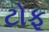
ટોફૂ